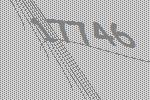
17746